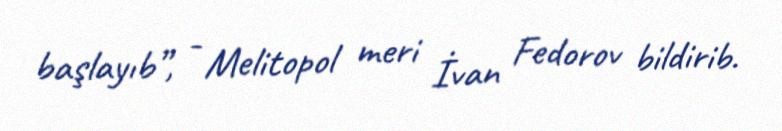
başlayıb”, - Melitopol meri İvan Fedorov bildirib.